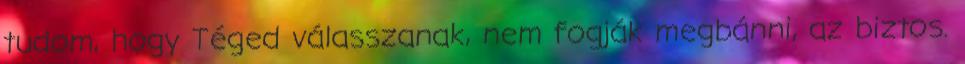
tudom, hogy Téged válasszanak, nem fogják megbánni, az biztos.